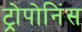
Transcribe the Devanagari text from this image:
ट्रोपोनिंस